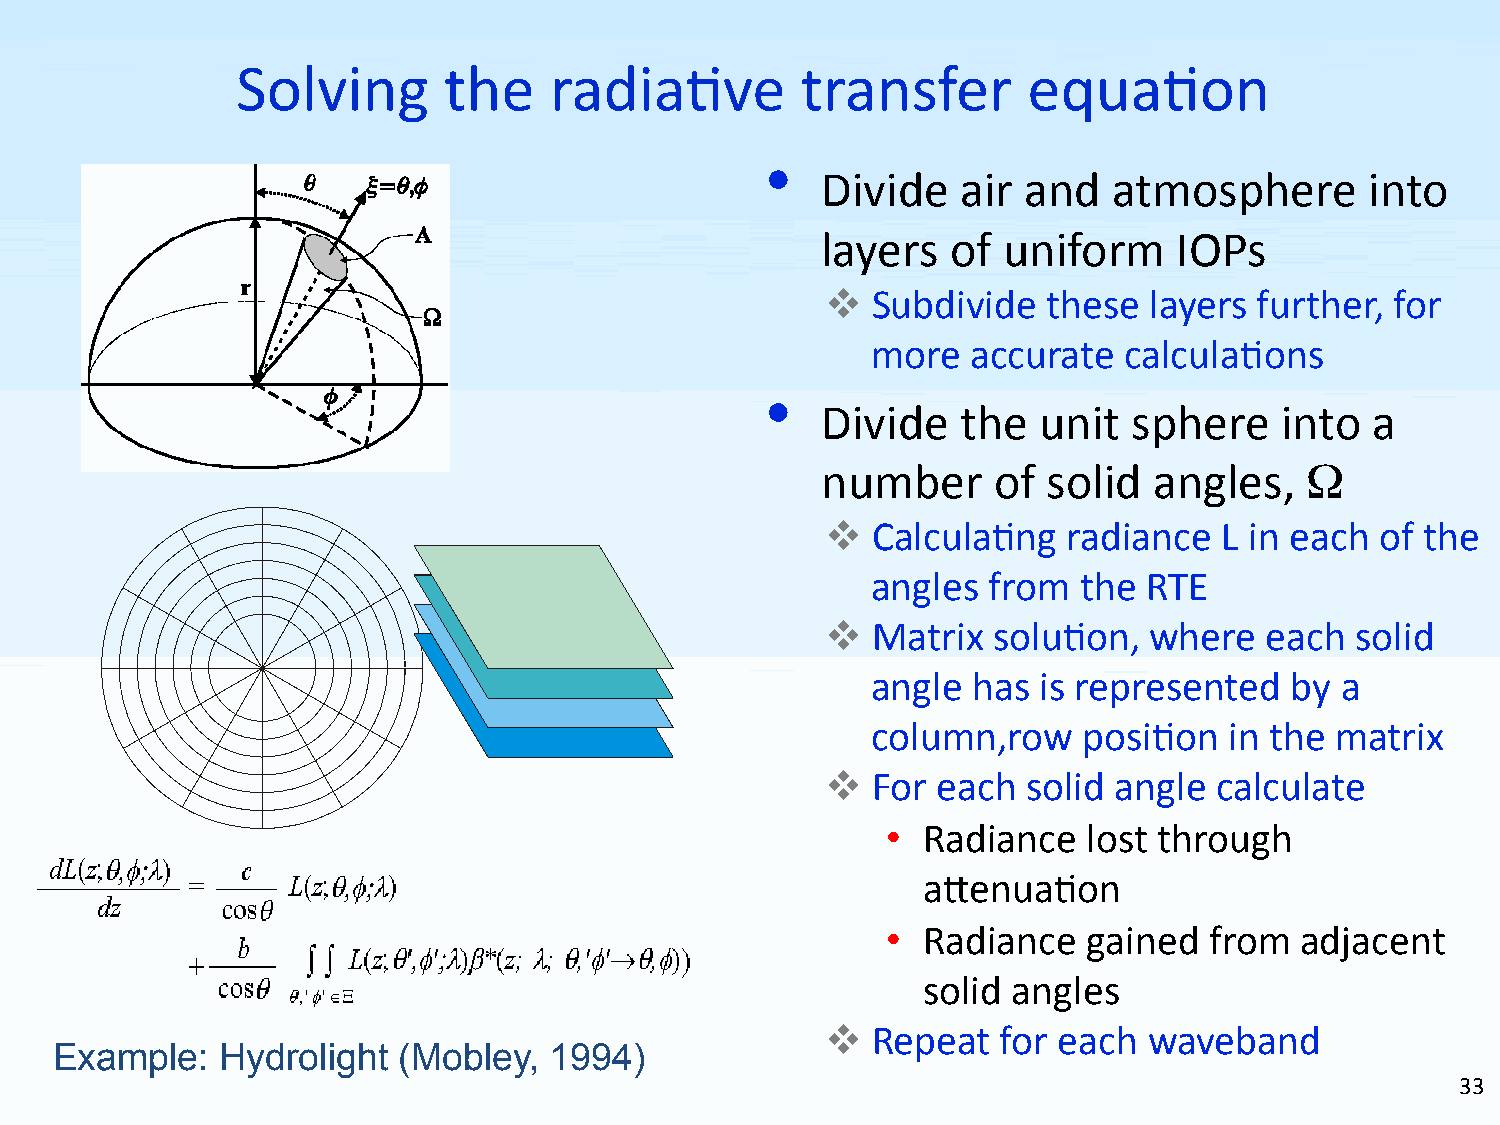
Solving      the    radia5ve         transfer       equa5on
 •
 Divide    air and   atmosphere       into
 layers   of uniform     IOPs
   Subdivide  these  layers further, for
 more  accurate  calcula5ons
 •
 Divide    the  unit  sphere    into  a
 number      of solid  angles,   Ω
   Calcula5ng   radiance  L in each of the
 angles from  the  RTE
   Matrix  solu5on,  where   each  solid
 angle has  is represented  by  a
 column,row    posi5on  in the matrix
   For each  solid angle calculate
 • Radiance   lost through
 a<enua5on
 • Radiance   gained  from  adjacent
 solid angles
   Repeat  for each  waveband
 Example:   Hydrolight  (Mobley,  1994)
 33